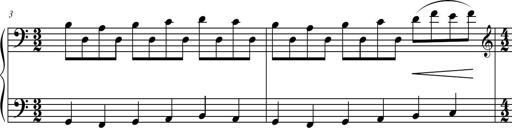
Title: Suite in the Old Style
Composer: Tyler Versluis